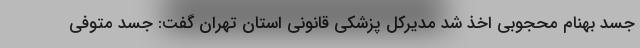
جسد بهنام محجوبی اخذ شد مدیرکل پزشکی قانونی استان تهران گفت: جسد متوفی